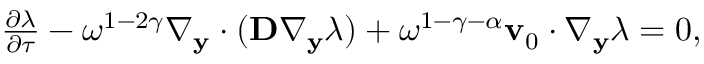
\begin{array} { r } { \frac { \partial \lambda } { \partial \tau } - \omega ^ { 1 - 2 \gamma } \nabla _ { \mathbf y } \cdot ( \mathbf D \nabla _ { \mathbf y } \lambda ) + \omega ^ { 1 - \gamma - \alpha } \mathbf v _ { 0 } \cdot \nabla _ { \mathbf y } \lambda = 0 , } \end{array}